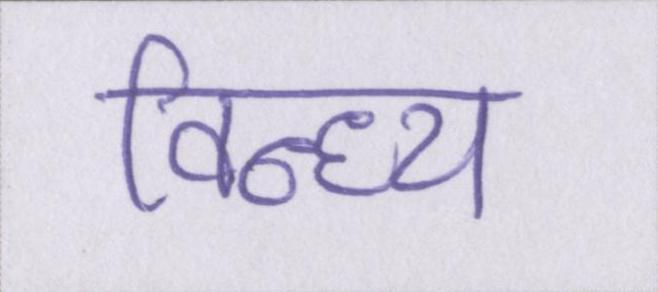
विन्ध्य